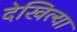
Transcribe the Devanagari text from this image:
देखिल्या